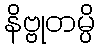
နိဗ္ဗုတမ္ပိ